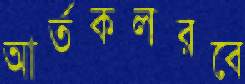
আর্তকলরবে